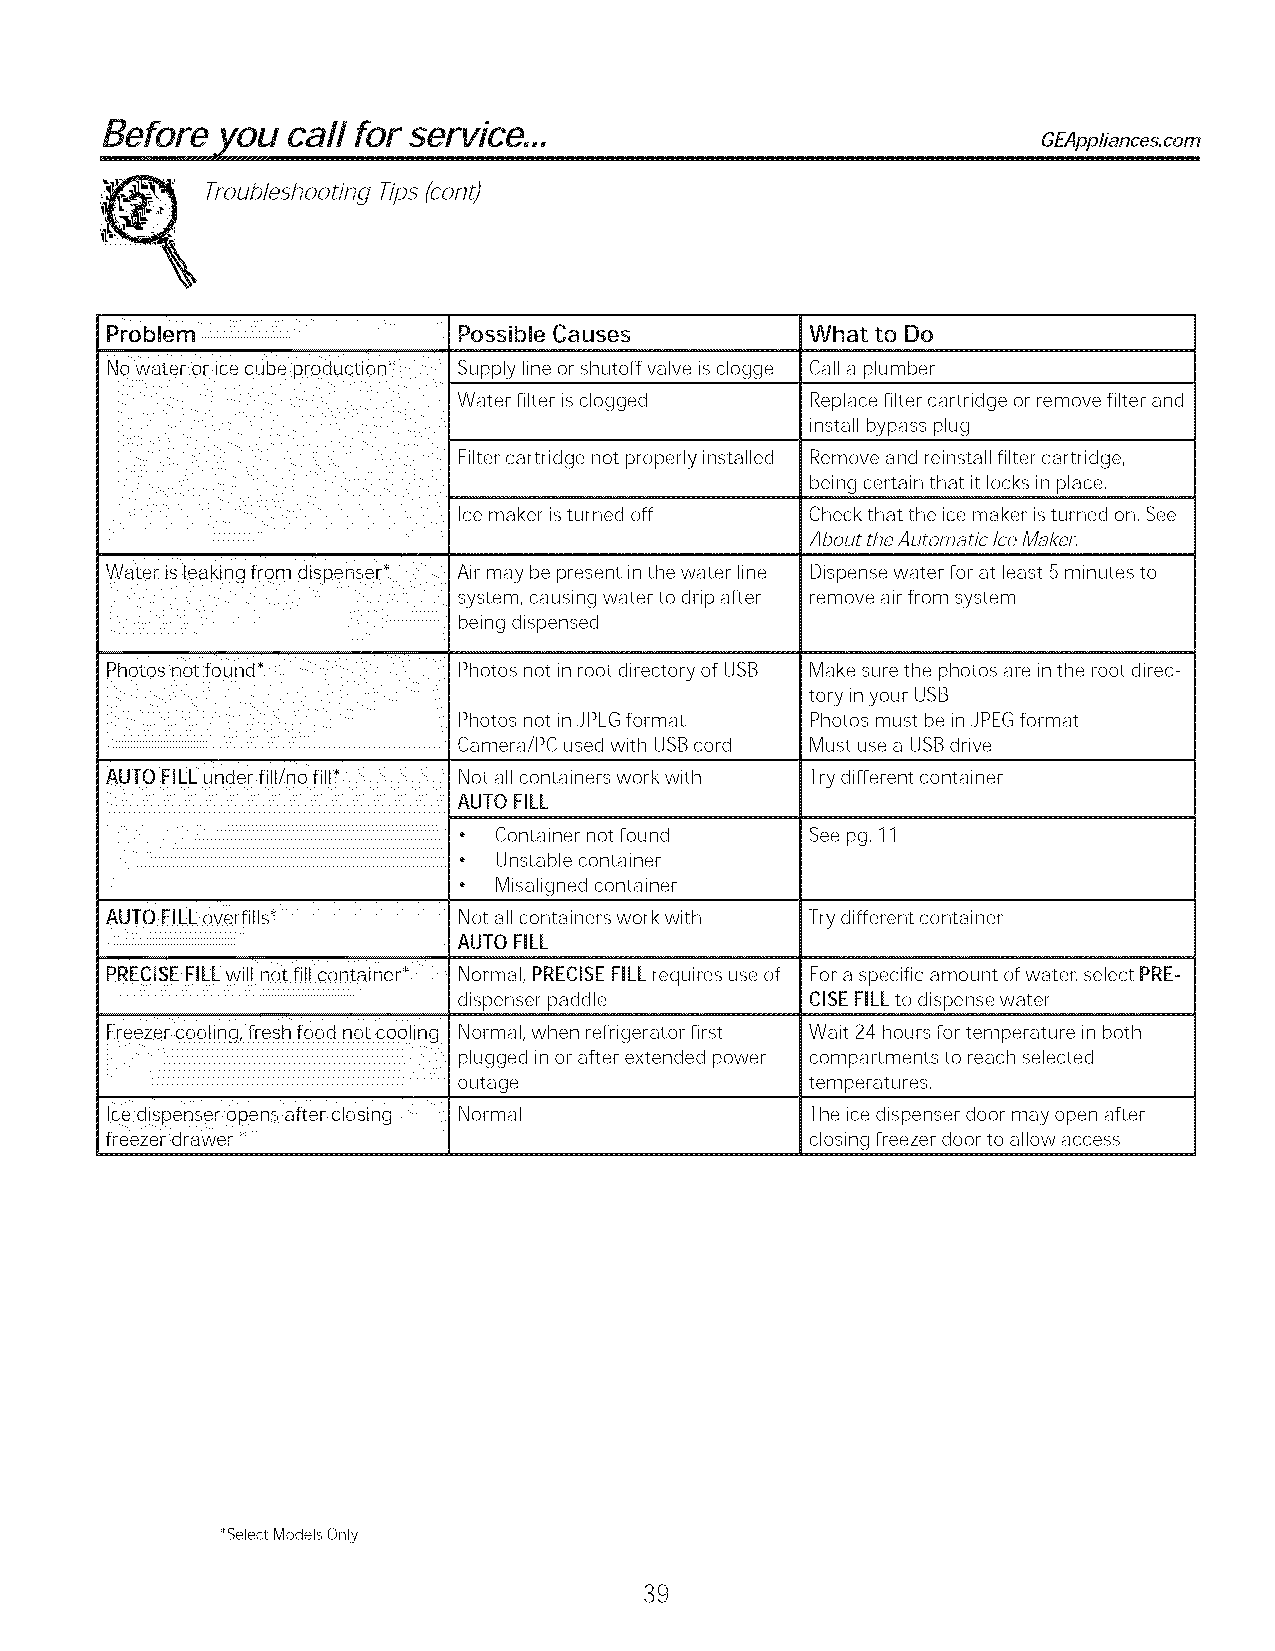
carl for service...
 GEAppliances.com
 Troub/eshooting Tips _cont)
 Problem                Possible Causes         What to Do
 No water or ice cube production _ Supply line or shutoff valve is clogge Call a plumber
 Water filter is clogged Replace filter cartridge or remove filter and
 install bypass plug
 Remove and reinstall filter cartridge,
 being certain that it locks in place,
 F Ici elte mr ac ka er rtrid ig se turnn eo dt p oro ffperly installed Check that the ice maker isturned on, See
 About the Automatic/ce Mz_ker,
 Air may be present in the water line Dispense water for at least 5minutes to
 system, causing water to drip after remove air from system
 being dispensed
 Photos not in root directory of USB Make sure the photos are inthe root direc-
 tory inyour USB
 Photos not in JPEGformat Photos must be in JPEGformat
 Camera/PC used with USBcord Must use a USBdrive
 AUTO FILLunder fill/no fill_ Not all containers work with Try different container
 AUTO FILL
 ,  Container not found  See pg, 11
 ,  Unstable container
 ,  Misaligned container
 Not all containers work with Try different container
 AUTO FILL
 -PRECISE FILLwill not fill container _ Normal, PRECISEFILL requires use of Fora specific amount of water, select PRE-
 dispenser paddle        CISE FILLto dispense water
 Freezer cooling, fresh food not cooling Normal, when refrigerator first Wait 24 hours for temperature in both
 plugged inor after extended power compartments to reach selected
 outage                  temperatures,
 Ice dispenser opens after closing Normal       The ice dispenser door may open after
 freezer drawer _                               closing freezer door to allow access
 *Select Models Only
 39